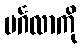
မင်္ဂလာကို